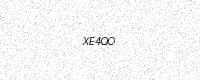
Text: XE4QO